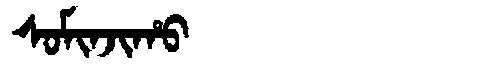
Manchu: ᠰᠣᠮᡳᠨᠵᡳᡥᠣ
Romanization: SOMINJIHO